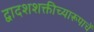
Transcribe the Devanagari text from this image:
द्वादशशक्तीच्यारूपाचें